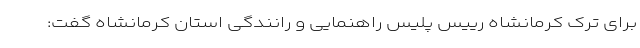
برای ترک کرمانشاه رییس پلیس راهنمایی و رانندگی استان کرمانشاه گفت: